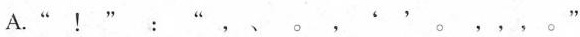
A.”！”：“，、。，''。，，，。”